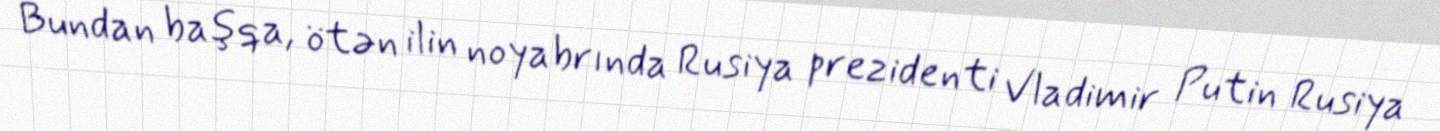
Bundan başqa, ötən ilin noyabrında Rusiya prezidenti Vladimir Putin Rusiya